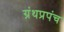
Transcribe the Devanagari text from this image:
ग्रंथप्रपंच